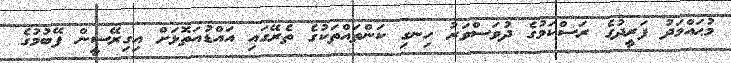
މުޙައްމަދު ފަރީދުގެ ރަސްކަމުގެ ދުވަސްވަރު ހިނގި ކަންތައްތަކުގެ ތެރޭގައި އައްޑުއަތޮޅަށް އިގިރޭސީން ފޭބުމުގެ